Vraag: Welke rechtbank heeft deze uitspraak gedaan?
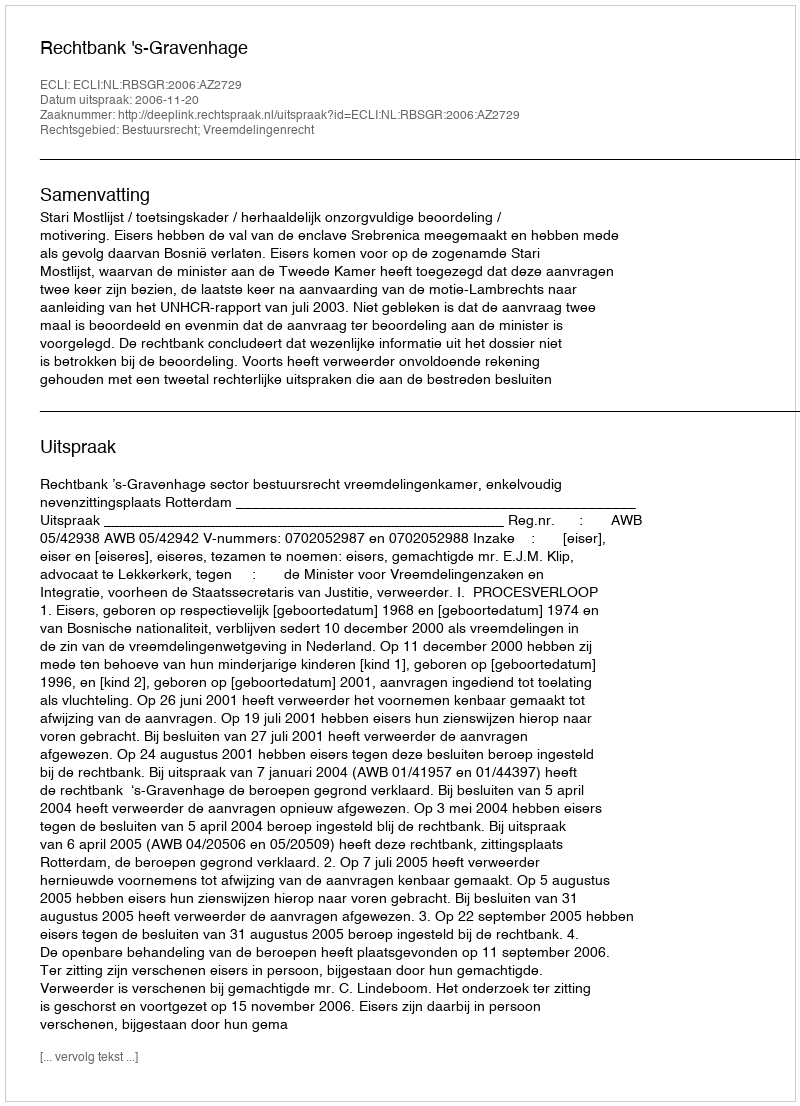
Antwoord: Rechtbank 's-Gravenhage